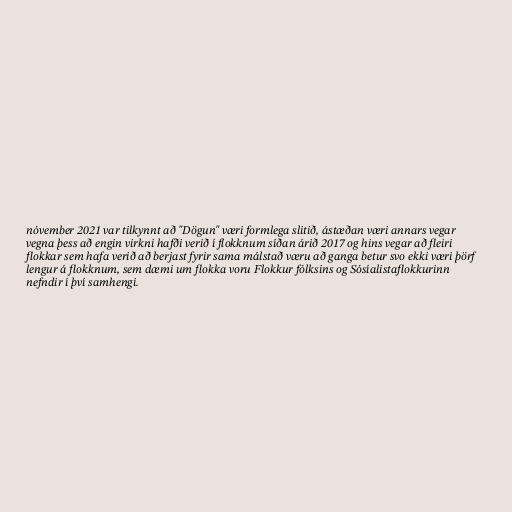
nóvember 2021 var tilkynnt að "Dögun" væri formlega slitið, ástæðan væri annars vegar
vegna þess að engin virkni hafði verið í flokknum síðan árið 2017 og hins vegar að fleiri
flokkar sem hafa verið að berjast fyrir sama málstað væru að ganga betur svo ekki væri þörf
lengur á flokknum, sem dæmi um flokka voru Flokkur fólksins og Sósíalistaflokkurinn
nefndir í því samhengi.